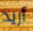
أريد